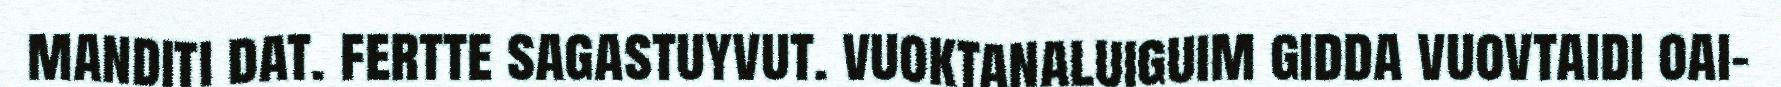
manditi dat. fertte sagastuyvut. vuoktanaluiguim gidda vuovtaidi oai-